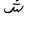
Letter: _shin